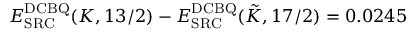
E _ { \mathrm { S R C } } ^ { \mathrm { D C B Q } } ( K , 1 3 / 2 ) - E _ { \mathrm { S R C } } ^ { \mathrm { D C B Q } } ( \tilde { K } , 1 7 / 2 ) = 0 . 0 2 4 5